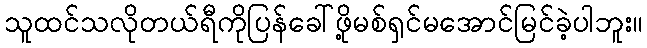
သူထင်သလိုတယ်ရီကိုပြန်ခေါ်ဖို့မစ်ရှင်မအောင်မြင်ခဲ့ပါဘူး။